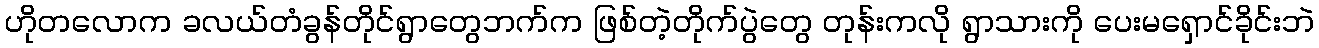
ဟိုတလောက ခလယ်တံခွန်တိုင်ရွာတွေဘက်က ဖြစ်တဲ့တိုက်ပွဲတွေ တုန်းကလို ရွာသားကို ပေးမရှောင်ခိုင်းဘဲ